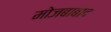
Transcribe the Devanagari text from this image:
मोजबाबाद